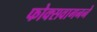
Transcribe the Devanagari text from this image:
फोक्सवागनने